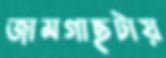
জামগাছটায়